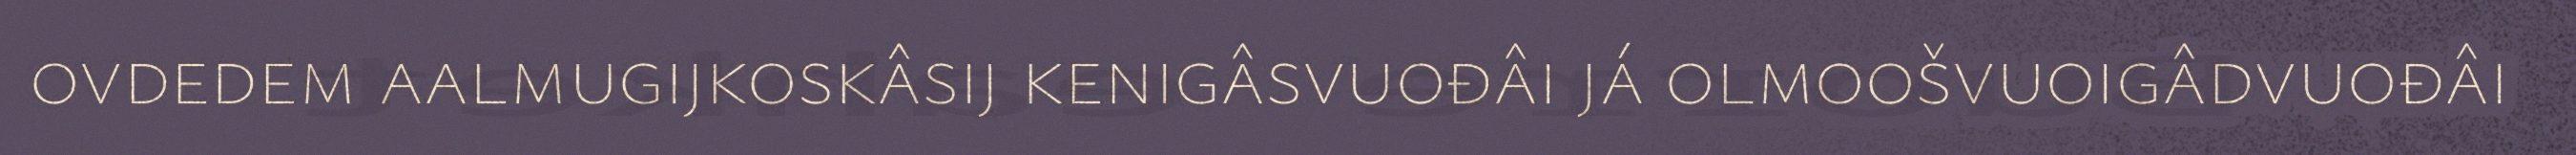
ovdedem aalmugijkoskâsij kenigâsvuođâi já olmoošvuoigâdvuođâi